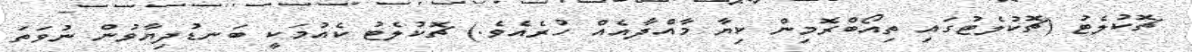
ޗޮކުލެޓު (ޗޮކުލެޓުގައި ތިއޯބްރޮމިން ކިޔާ މާއްދާއެއް ހުރެއެވެ.) ޗޮކުލެޓު ކެއުމަކީ ބަނޑުދިޔާވުން ނުވަތަ